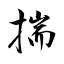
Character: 揣